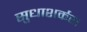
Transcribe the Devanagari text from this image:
सुधाशर्करा